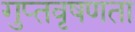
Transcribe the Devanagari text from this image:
गुप्‍तवृषणता